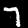
Digit: 7